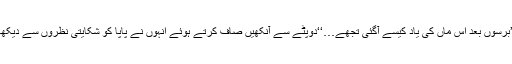
’’برسوں بعد اس ماں کی یاد کیسے آگئی تجھے…‘‘دوپٹے سے آنکھیں صاف کرتے ہوئے انہوں نے پاپا کو شکایتی نظروں سے دیکھا۔